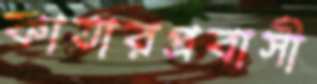
কাতারপ্রবাসী